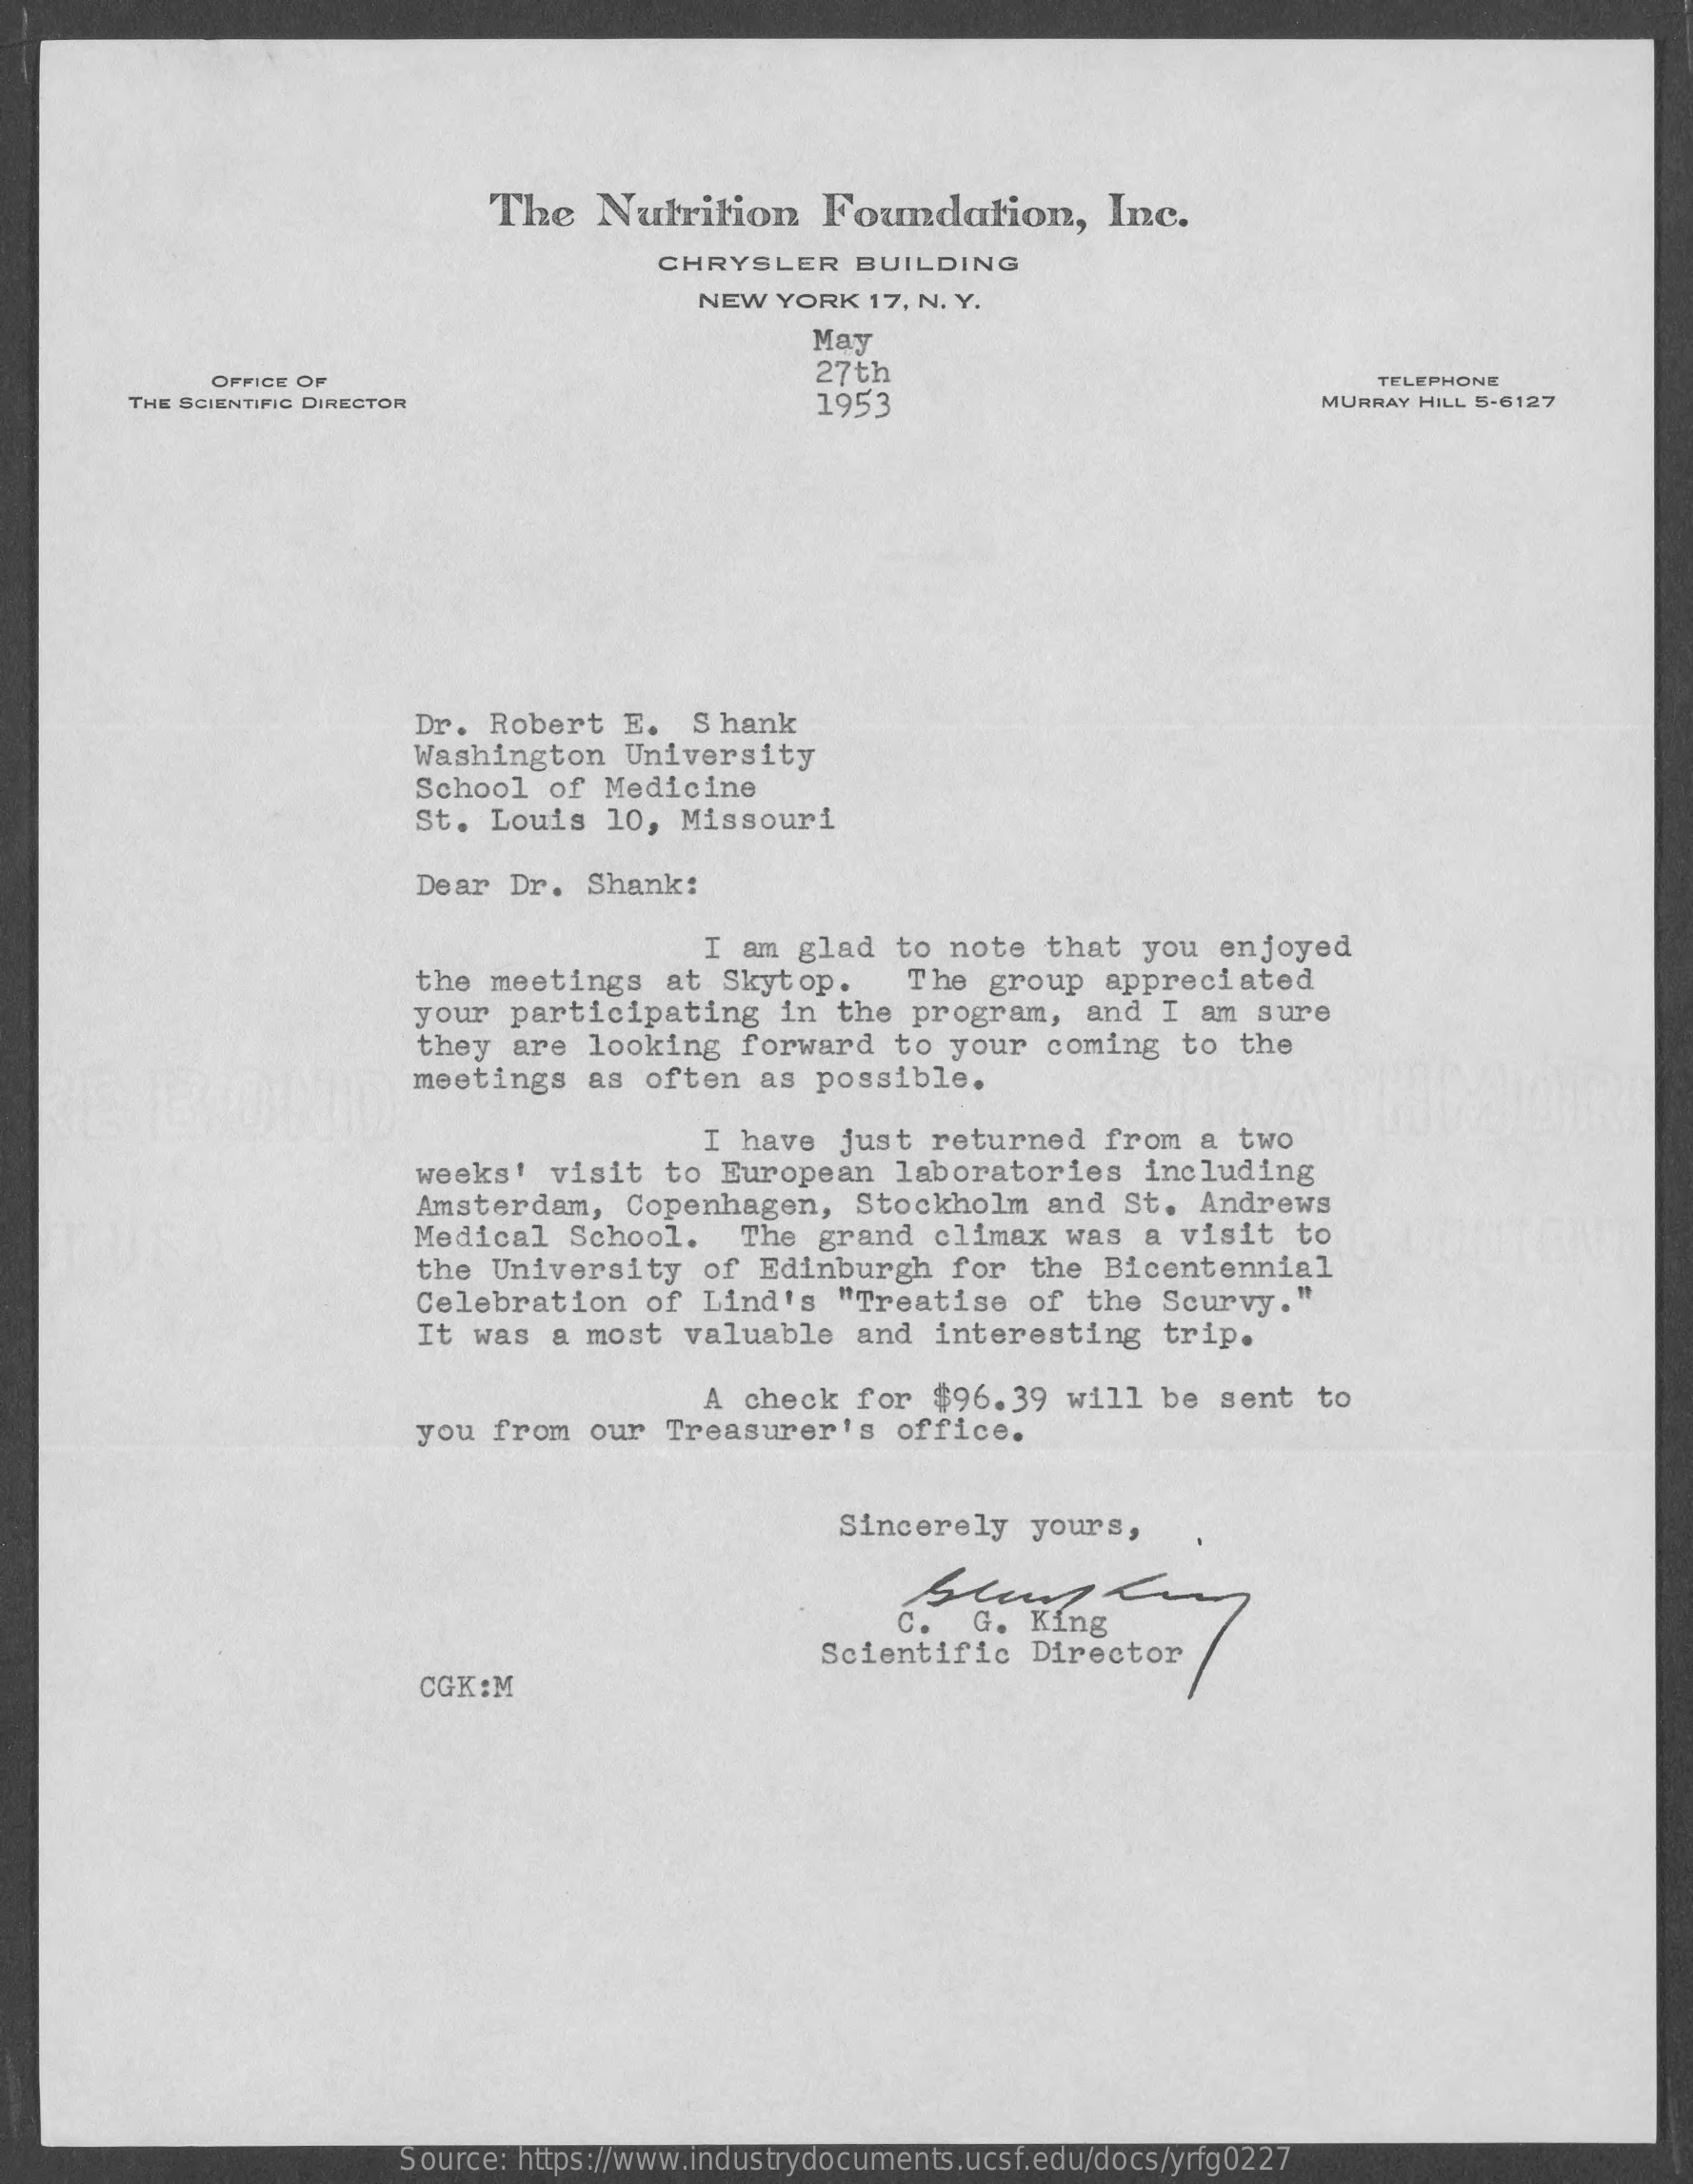
The   Nutrition    Foundation,    Inc.
     CHRYSLER    BUILDING
     NEW YORK   17, N. Y.
     May
     OFFICE OF    27th
     THE SCIENTIFIC DIRECTOR    1953
     TELEPHONE
     MURRAY HILL 5-6127
     Dr. Robert   E.   Shank
     Washington   University
     School  of  Medicine
     St. Louis   10,  Missouri
     Dear  Dr.  Shank:
     I am  glad  to  note  that  you   enjoyed
     the meetings    at  Skytop.    The  group   appreciated
     your  participating    in  the  program,    and  I am  sure
     they  are  looking   forward   to  your  coming   to  the
     meetings   as  often  as  possible.
     I have  just   returned   from  a  two
     weeks!  visit   to  European   laboratories    including
     Amsterdam,   Copenhagen,    Stockholm   and  St.  Andrews
     Medical    School.    The  grand   climax  was   a visit   to
     the  University   of  Edinburgh    for  the  Bicentennial
     Celebration    of Lind's   "Treatise    of  the  Scurvy."
     It was  a  most  valuable    and  interesting    trip.
     A check   for  $96.39   will  be  sent  to
     you  from  our  Treasurer's    office.
     Sincerely   yours,
     C.   G.  King
     Scientific   Director
     CGK:M
     Source: https://www.industrydocuments.ucsf.edu/docs/yrfg0227